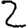
Digit: 2